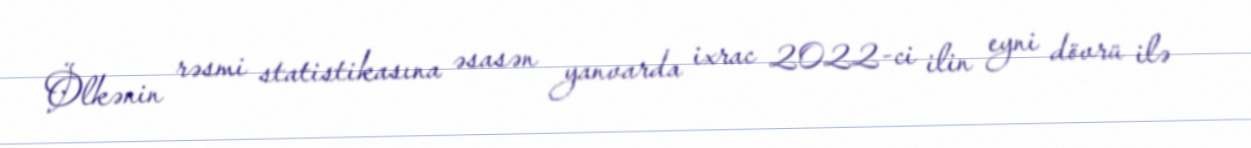
Ölkənin rəsmi statistikasına əsasən yanvarda ixrac 2022-ci ilin eyni dövrü ilə